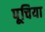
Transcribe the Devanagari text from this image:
पूचिया